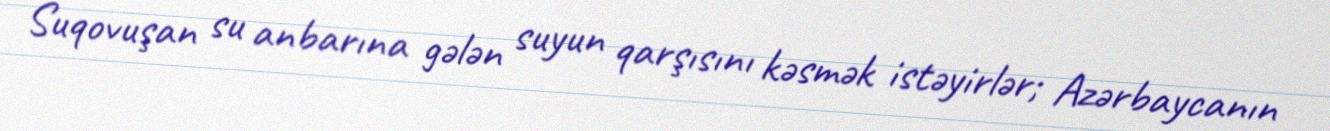
Suqovuşan su anbarına gələn suyun qarşısını kəsmək istəyirlər; Azərbaycanın